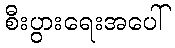
စီးပွားရေးအပေါ်